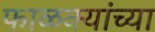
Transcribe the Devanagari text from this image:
फाळक्यांच्या